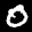
Label: 0